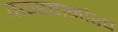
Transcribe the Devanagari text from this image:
पाण्डवानांश्च